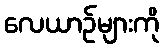
လေယာဉ်များကို